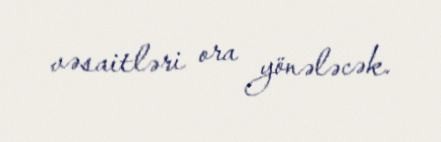
vəsaitləri ora yönələcək.